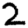
Digit: 2